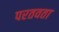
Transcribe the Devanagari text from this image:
परतवता